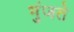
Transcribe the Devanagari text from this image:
भुंजते